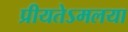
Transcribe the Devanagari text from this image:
प्रीयतेऽमलया